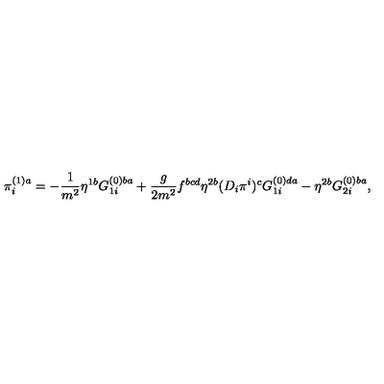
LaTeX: \pi _ { i } ^ { ( 1 ) a } = - \frac { 1 } { m ^ { 2 } } \eta ^ { 1 b } G _ { 1 i } ^ { ( 0 ) b a } + \frac { g } { 2 m ^ { 2 } } f ^ { b c d } \eta ^ { 2 b } ( D _ { i } \pi ^ { i } ) ^ { c } G _ { 1 i } ^ { ( 0 ) d a } - \eta ^ { 2 b } G _ { 2 i } ^ { ( 0 ) b a } ,